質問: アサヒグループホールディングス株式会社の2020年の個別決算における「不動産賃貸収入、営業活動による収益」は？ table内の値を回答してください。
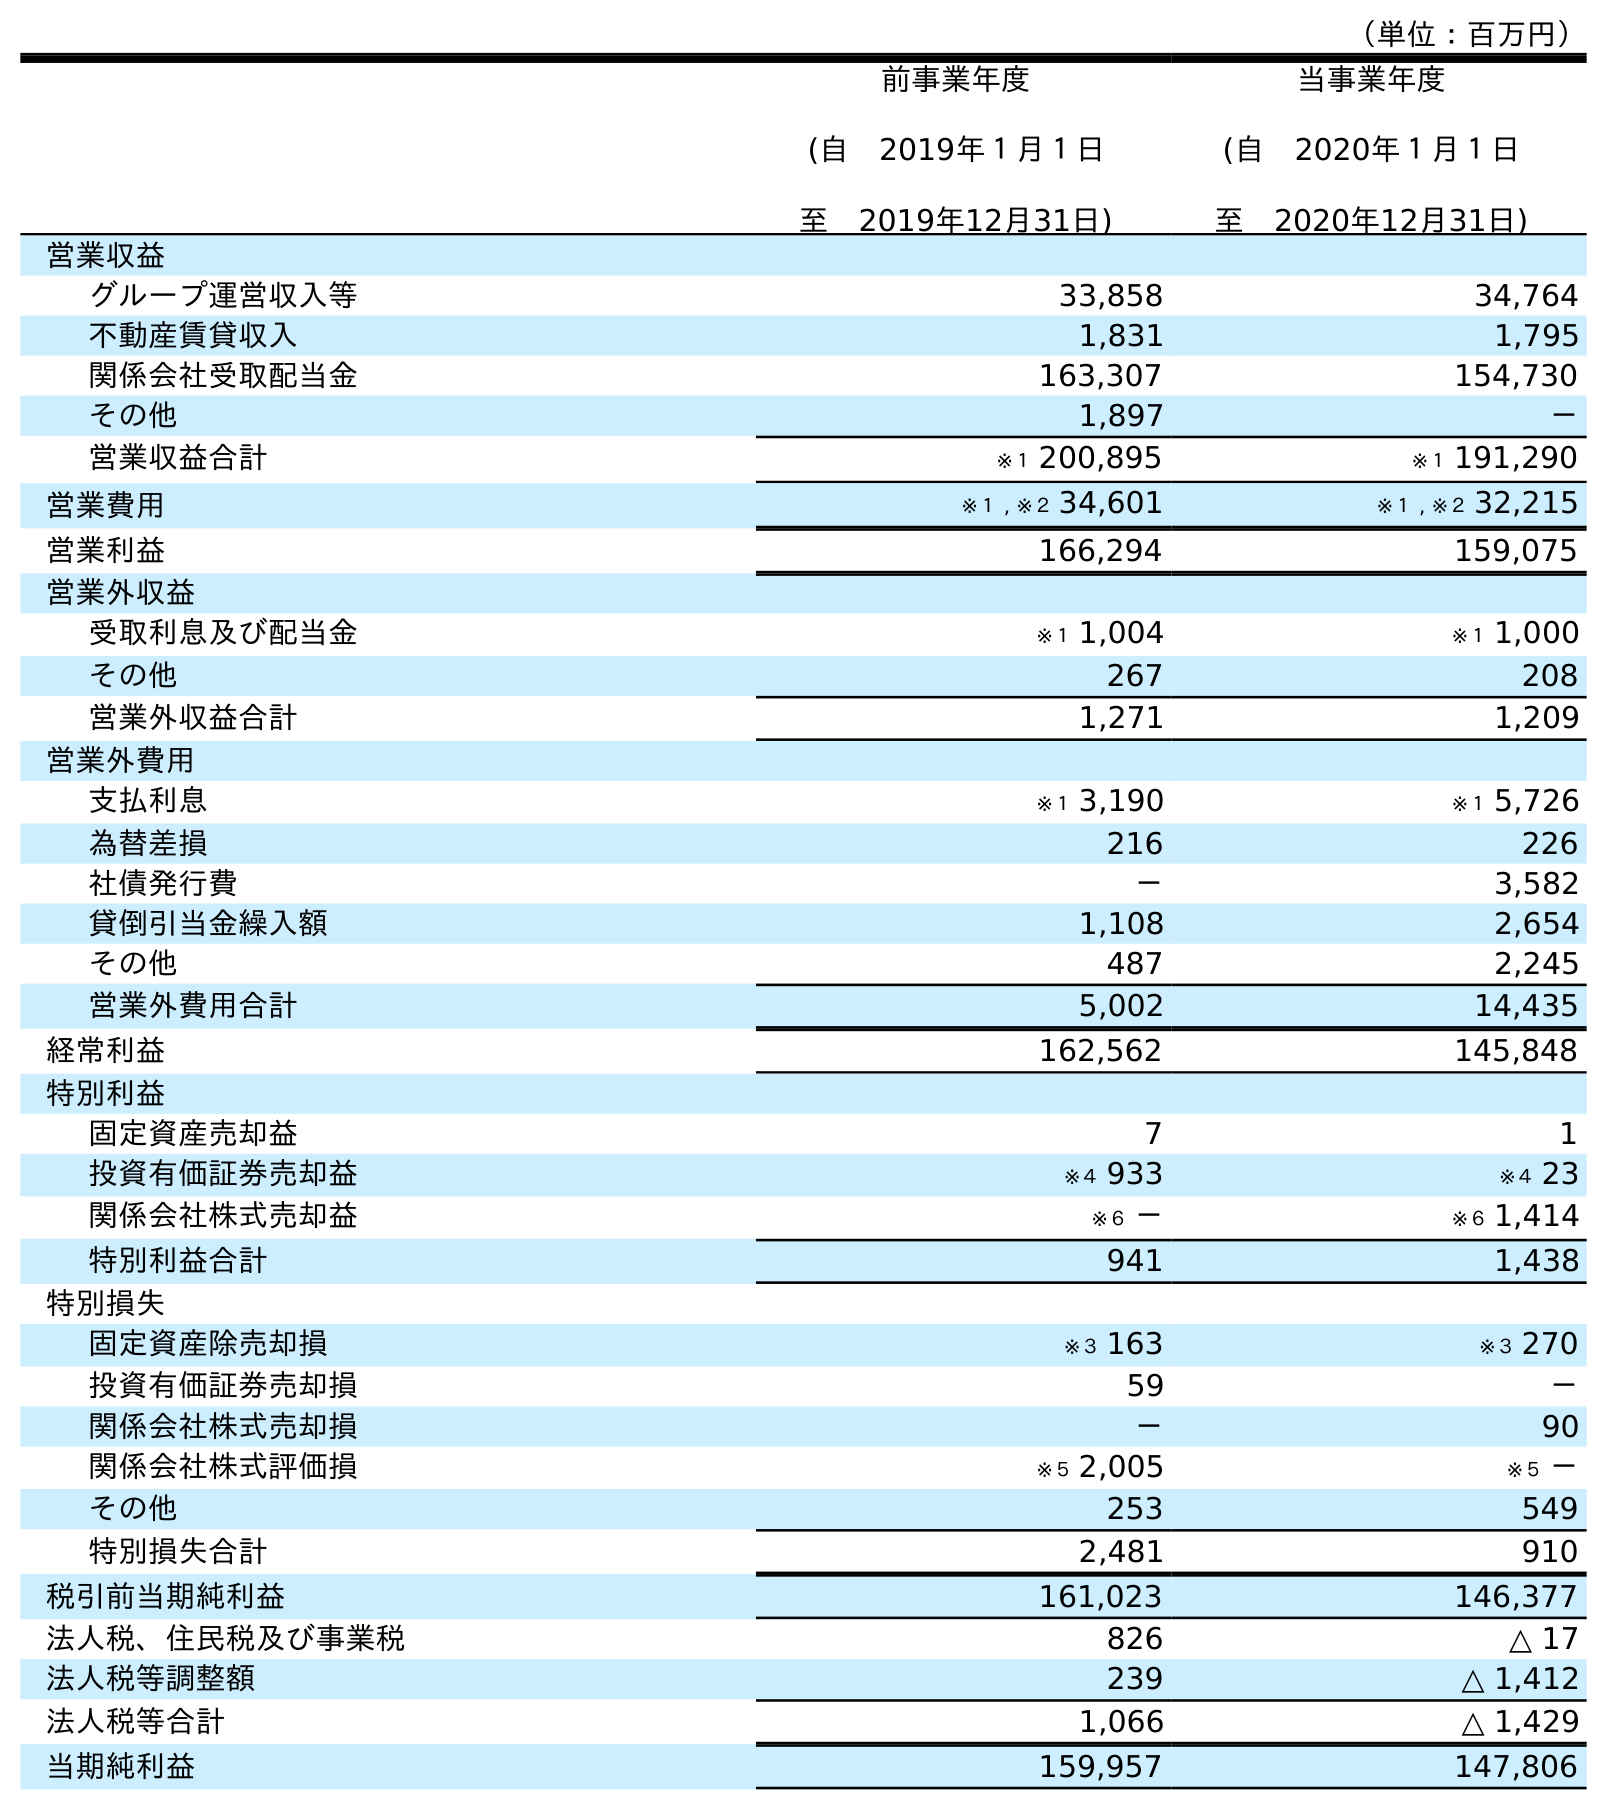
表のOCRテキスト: （単位：百万円） 前事業年度 (自 2019年１月１日 至 2019年12月31日) 当事業年度 (自 2020年１月１日 至 2020年12月31日) 営業収益 グループ運営収入等 33,858 34,764 不動産賃貸収入 1,831 1,795 関係会社受取配当金 163,307 154,730 その他 1,897 － 営業収益合計 ※１ 200,895 ※１ 191,290 営業費用 ※１ , ※２ 34,601 ※１ , ※２ 32,215 営業利益 166,294 159,075 営業外収益 受取利息及び配当金 ※１ 1,004 ※１ 1,000 その他 267 208 営業外収益合計 1,271 1,209 営業外費用 支払利息 ※１ 3,190 ※１ 5,726 為替差損 216 226 社債発行費 － 3,582 貸倒引当金繰入額 1,108 2,654 その他 487 2,245 営業外費用合計 5,002 14,435 経常利益 162,562 145,848 特別利益 固定資産売却益 7 1 投資有価証券売却益 ※４ 933 ※４ 23 関係会社株式売却益 ※６ － ※６ 1,414 特別利益合計 941 1,438 特別損失 固定資産除売却損 ※３ 163 ※３ 270 投資有価証券売却損 59 － 関係会社株式売却損 － 90 関係会社株式評価損 ※５ 2,005 ※５ － その他 253 549 特別損失合計 2,481 910 税引前当期純利益 161,023 146,377 法人税、住民税及び事業税 826 △ 17 法人税等調整額 239 △ 1,412 法人税等合計 1,066 △ 1,429 当期純利益 159,957 147,806
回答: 1,795